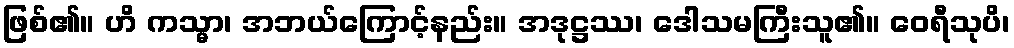
ဖြစ်၏။ ဟိ ကသ္မာ၊ အဘယ်ကြောင့်နည်း။ အဒုဋ္ဌဿ၊ ဒေါသမကြီးသူ၏။ ဝေရီသုပိ၊